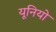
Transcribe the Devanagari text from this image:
यूनियो